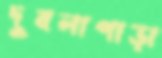
দুবলাপাড়া